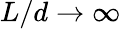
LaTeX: L/d\to\infty